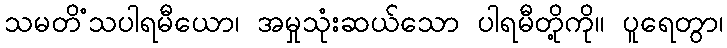
သမတိံသပါရမီယော၊ အမှုသုံးဆယ်သော ပါရမီတို့ကို။ ပူရေတွာ၊